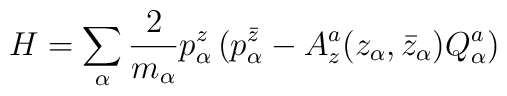
H = \sum_\alpha {2\over m_\alpha} p^z_\alpha \left( p^{\bar z}_\alpha -   A^a_z (z_\alpha,\bar z_\alpha)  Q^a_\alpha\right)